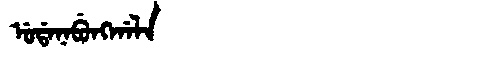
Manchu: ᡠᡩᠠᠨᠠᠪᡠᠩᡤᠠᠯᠠ
Romanization: UDANABUNGGALA